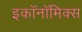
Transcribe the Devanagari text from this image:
इकॉनॉमिक्‍स